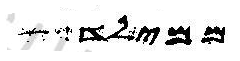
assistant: ממילד